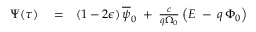
\begin{array} { r l r } { \Psi ( \tau ) } & { { } = } & { ( 1 - 2 \epsilon ) \, \overline { { \psi } } _ { 0 } \; + \; \frac { c } { q \Omega _ { 0 } } \left( { \cal E } \; - \frac { } { } q \, \Phi _ { 0 } \right) } \end{array}